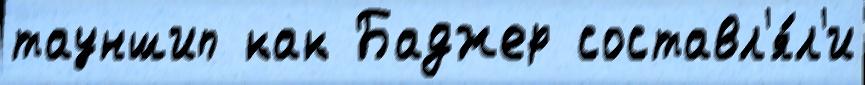
тауншип как Баджер составл'я́л'и